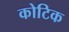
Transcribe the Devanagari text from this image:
कोटिक